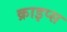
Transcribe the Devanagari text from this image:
क्राइप्स